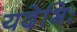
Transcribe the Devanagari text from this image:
यदेभिः